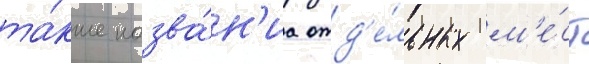
та́кже назва́н'иа отд'е́льных м'е́ст